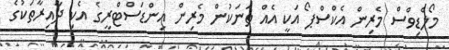
މޯލްޑިވްސް މެރިން އެކްސްޕޯ އަކީ އެއް ތަނަކުން މެރިން އިންޑަސްޓްރީގެ އެކި ދާއިރާތަކުގެ